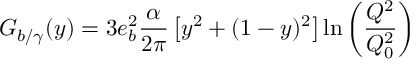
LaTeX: G _ { b / \gamma } ( y ) = 3 e _ { b } ^ { 2 } { \frac { \alpha } { 2 \pi } } \left[ y ^ { 2 } + ( 1 - y ) ^ { 2 } \right] \ln \left( \frac { Q ^ { 2 } } { Q _ { 0 } ^ { 2 } } \right)